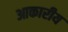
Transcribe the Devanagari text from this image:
आकारीय